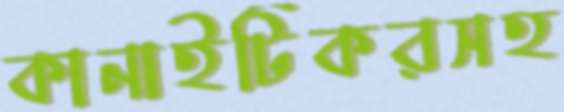
কানাইটিকরসহ